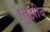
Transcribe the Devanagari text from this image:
।तुझीच